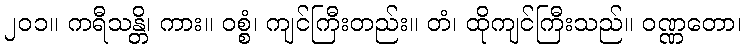
၂၀၁။ ကရီသန္တိ၊ ကား။ ဝစ္စံ၊ ကျင်ကြီးတည်း။ တံ၊ ထိုကျင်ကြီးသည်။ ဝဏ္ဏတော၊